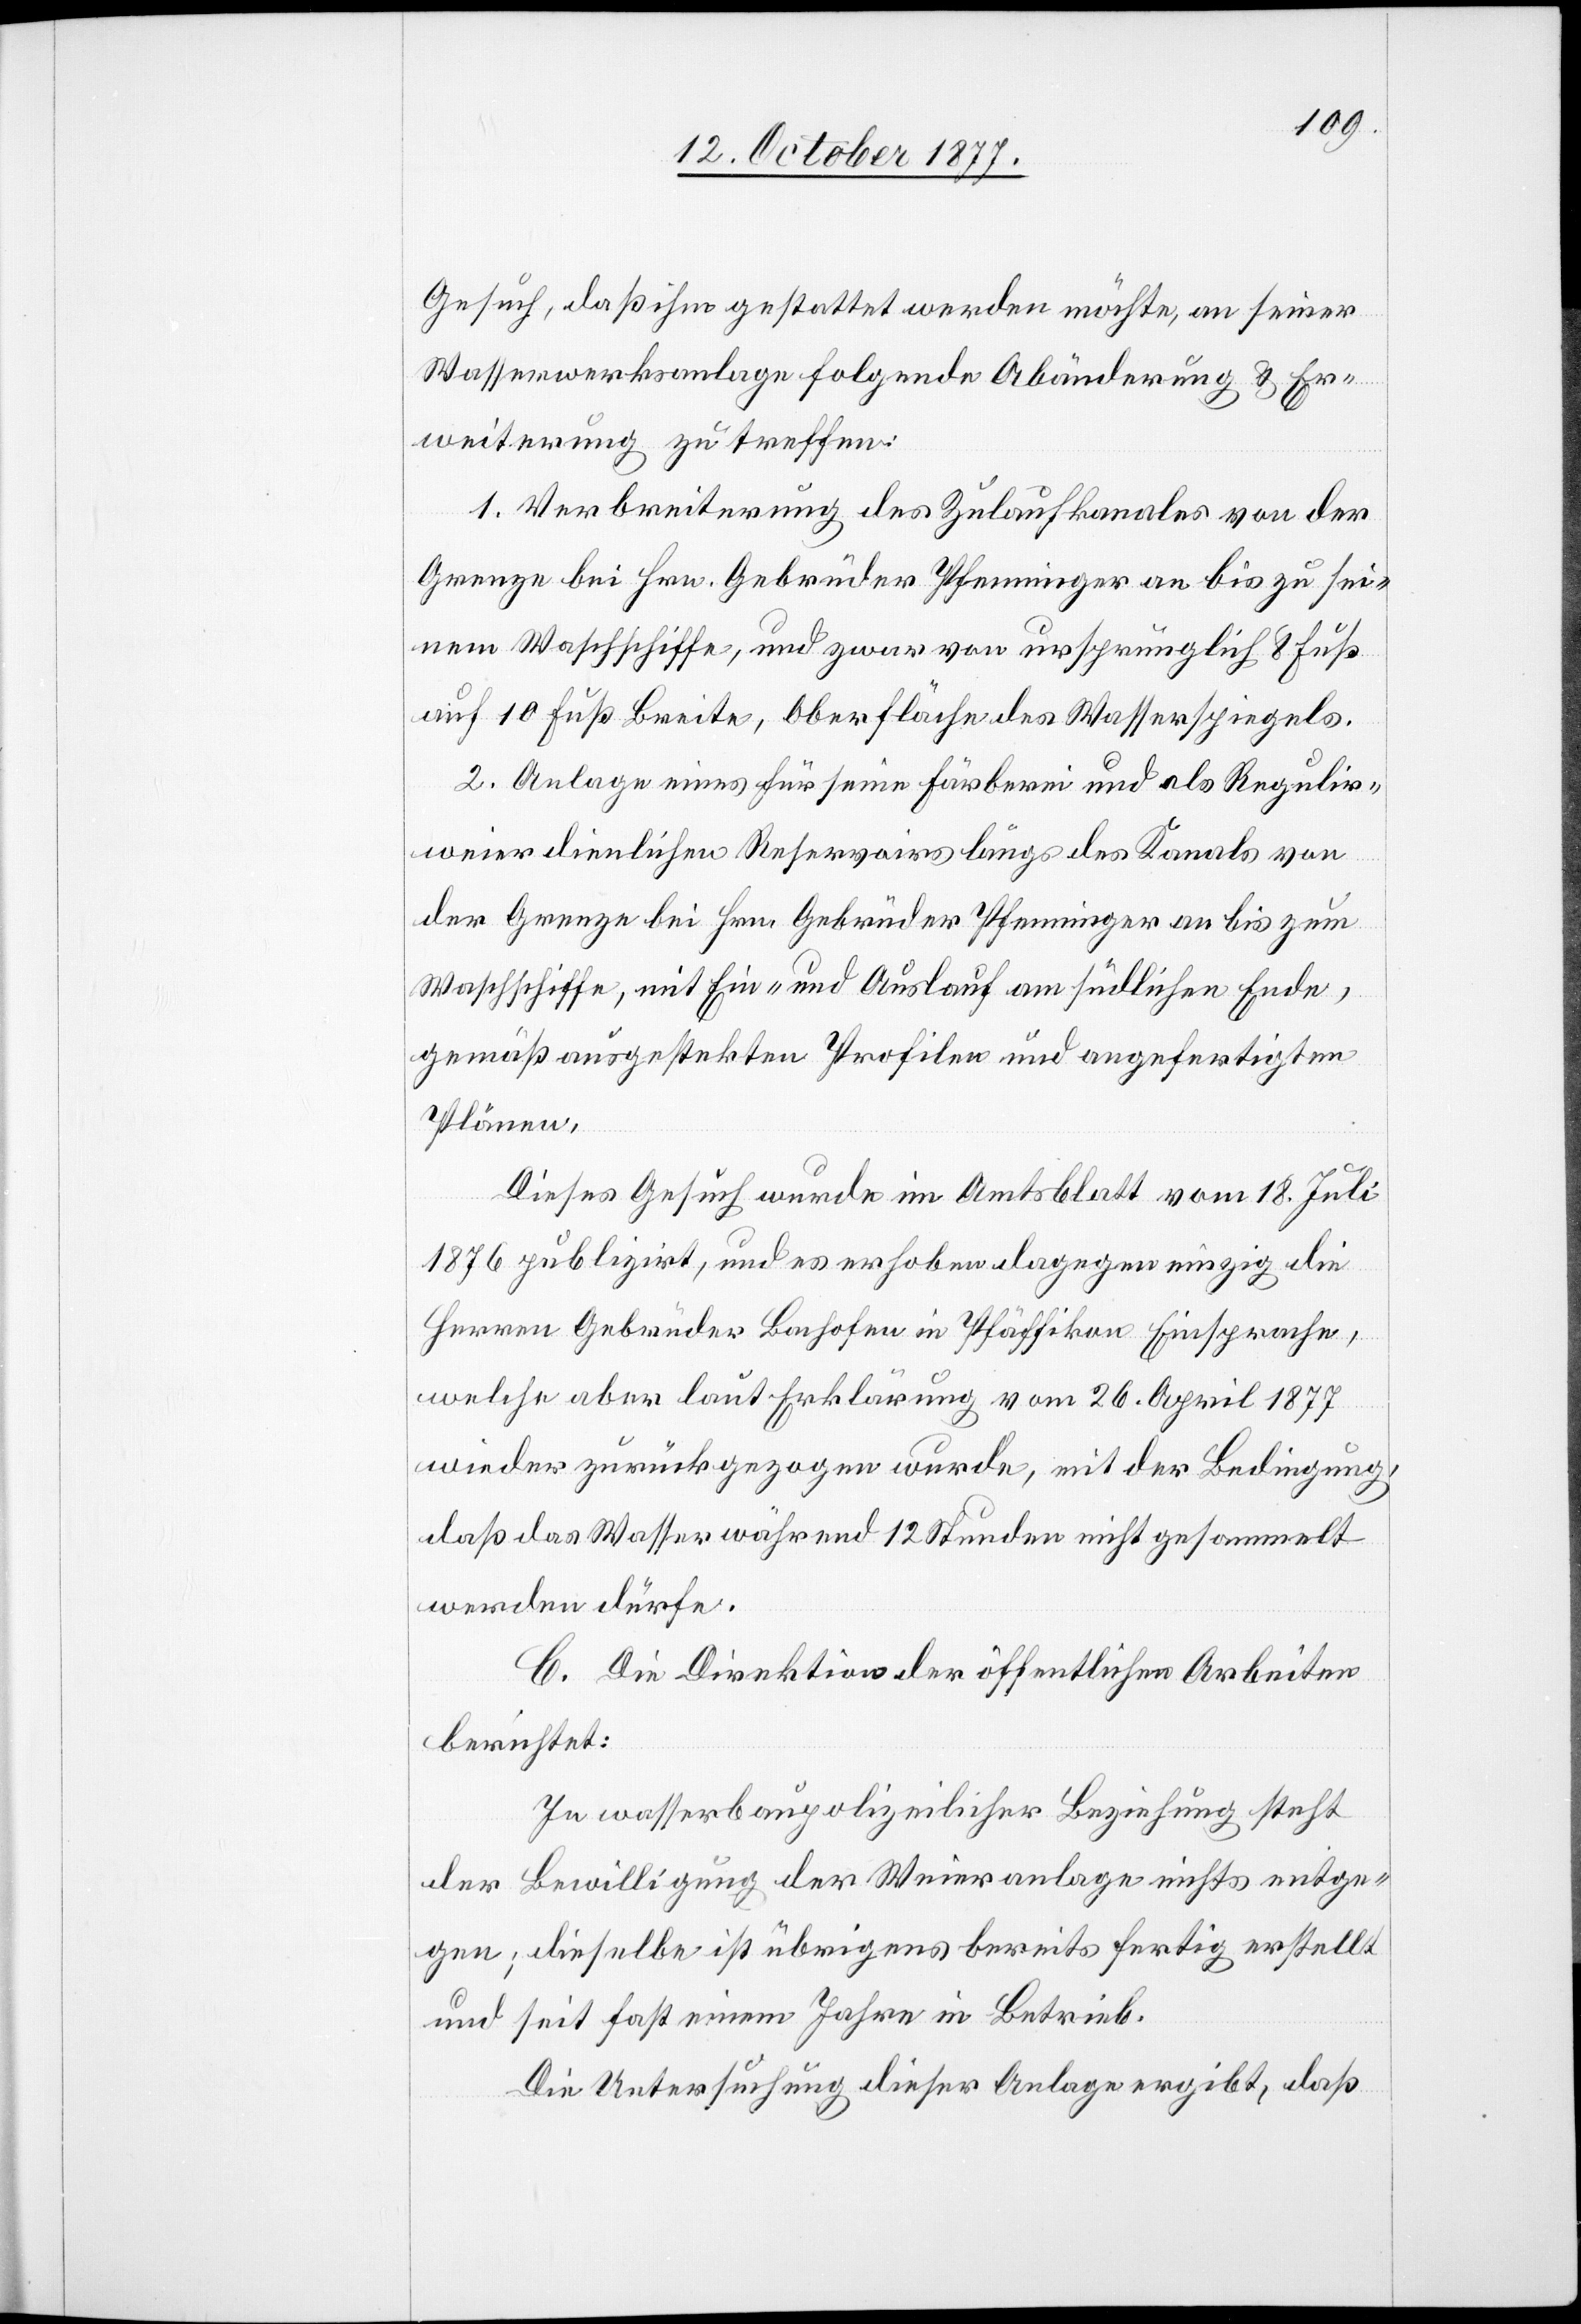
Gesuch, daß ihm gestattet werden möchte, an seiner
Wasserwerksanlage folgende Abänderung & Er¬
weiterung zu treffen:
1. Verbreiterung des Zulaufkanales von der
Grenze bei Hrn. Gebrüder Pfenninger an bis zu sei¬
nem Waschschiffe, und zwar von ursprünglich 8 Fuß
auf 10 Fuß Breite, Oberfläche des Wasserspiegels.
2. Anlage eines für seine Färberei und als Regulir¬
weier dienlichen Reservoirs längs des Kanals von
der Grenze bei Hrn. Gebrüder Pfenninger an bis zum
Waschschiffe, mit Ein- und Auslauf am südlichen Ende,
gemäß ausgestekten Profilen und angefertigten
Plänen.
Dieses Gesuch wurde im Amtsblatt vom 18. Juli
1876 publizirt, und es erhoben dagegen einzig die
Herren Gebrüder Bachofen in Pfäffikon Einsprache,
welche aber laut Erklärung vom 26. April 1877
wieder zurückgezogen wurde, mit der Bedingung,
daß das Wasser während 12 Stunden nicht gesammelt
werden dürfe.
C. Die Direktion der öffentlichen Arbeiten
berichtet:
In wasserbaupolizeilicher Beziehung steht
der Bewilligung der Weieranlage nichts entge¬
gen; dieselbe ist übrigens bereits fertig erstellt
und seit fast einem Jahre in Betrieb.
Die Untersuchung dieser Anlage ergibt, daß